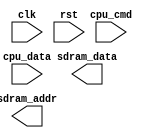
module ddr_sdram (
    input clk,
    input rst,
    input cpu_data,
    input cpu_cmd,
    output reg sdram_data,
    output reg sdram_addr
);

// Input buffers
reg [31:0] input_data;
reg [3:0] input_cmd;
always @(posedge clk) begin
    if (rst) begin
        input_data <= 32'b0;
        input_cmd <= 4'b0;
    end else begin
        input_data <= cpu_data;
        input_cmd <= cpu_cmd;
    end
end

// Data and address registers
reg [31:0] data_reg;
reg [11:0] addr_reg;
always @(posedge clk) begin
    if (rst) begin
        data_reg <= 32'b0;
        addr_reg <= 12'b0;
    end else begin
        case (input_cmd)
            4'b0000: addr_reg <= input_data[11:0];
            4'b0001: data_reg <= input_data;
            // Add more cases for other command types as needed
        endcase
    end
end

// Control logic
reg [1:0] state;
// Add control logic here to manage timing and sequencing of read and write operations

// State machine
always @(posedge clk) begin
    if (rst) begin
        state <= 2'b00;
    end else begin
        case (state)
            2'b00: begin // Precharge state
                // Add logic for precharge state
            end
            2'b01: begin // Activate state
                // Add logic for activate state
            end
            2'b10: begin // Read state
                // Add logic for read state
            end
            2'b11: begin // Write state
                // Add logic for write state
            end
        endcase
    end
end

// Output buffers
always @(posedge clk) begin
    case (state)
        2'b00: begin // Precharge state
            // Add logic to send data back to CPU or other devices
        end
        2'b01: begin // Activate state
            // Add logic to send data back to CPU or other devices
        end
        2'b10: begin // Read state
            // Add logic to send data back to CPU or other devices
        end
        2'b11: begin // Write state
            // Add logic to send data back to CPU or other devices
        end
    endcase
end

endmodule